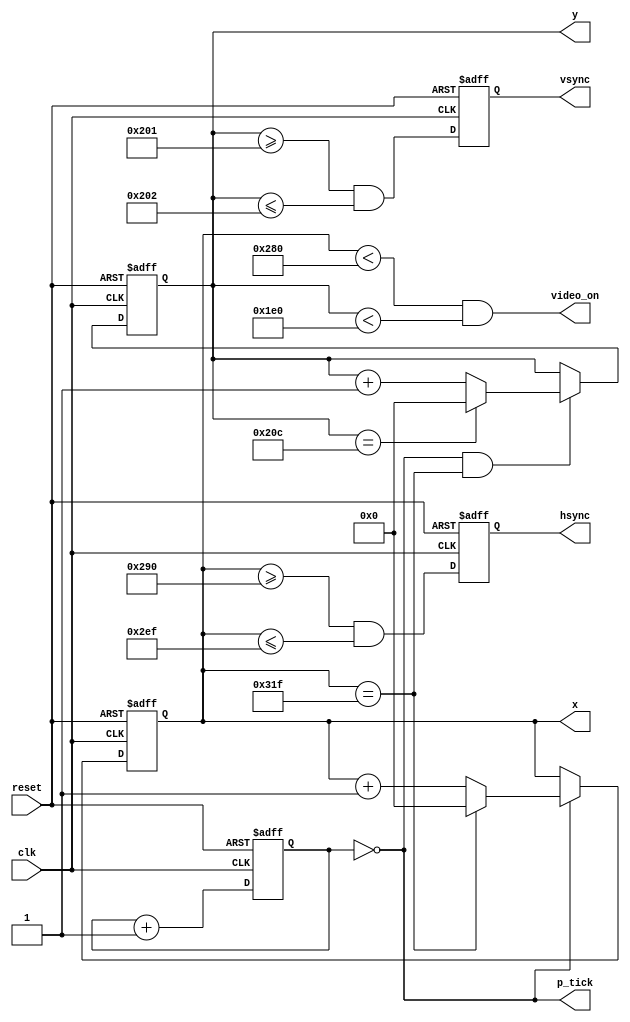
module vga_sync

	(
		input wire clk, reset,
		output wire hsync, vsync, video_on, p_tick,
		output wire [9:0] x, y
	);
	
	// constant declarations for VGA sync parameters
	localparam H_DISPLAY       = 640; // horizontal display area
	localparam H_L_BORDER      =  48; // horizontal left border
	localparam H_R_BORDER      =  16; // horizontal right border
	localparam H_RETRACE       =  96; // horizontal retrace
	localparam H_MAX           = H_DISPLAY + H_L_BORDER + H_R_BORDER + H_RETRACE - 1;
	localparam START_H_RETRACE = H_DISPLAY + H_R_BORDER;
	localparam END_H_RETRACE   = H_DISPLAY + H_R_BORDER + H_RETRACE - 1;
	
	localparam V_DISPLAY       = 480; // vertical display area
	localparam V_T_BORDER      =  10; // vertical top border
	localparam V_B_BORDER      =  33; // vertical bottom border
	localparam V_RETRACE       =   2; // vertical retrace
	localparam V_MAX           = V_DISPLAY + V_T_BORDER + V_B_BORDER + V_RETRACE - 1;
        localparam START_V_RETRACE = V_DISPLAY + V_B_BORDER;
	localparam END_V_RETRACE   = V_DISPLAY + V_B_BORDER + V_RETRACE - 1;
	
	// mod-4 counter to generate 25 MHz pixel tick
	reg [1:0] pixel_reg;
	wire [1:0] pixel_next;
	wire pixel_tick;
	
	always @(posedge clk, posedge reset)
		if(reset)
		  pixel_reg <= 0;
		else
		  pixel_reg <= pixel_next;
	
	assign pixel_next = pixel_reg + 1; // increment pixel_reg 
	
	assign pixel_tick = (pixel_reg == 0); // assert tick 1/4 of the time
	
	// registers to keep track of current pixel location
	reg [9:0] h_count_reg, h_count_next, v_count_reg, v_count_next;
	
	// register to keep track of vsync and hsync signal states
	reg vsync_reg, hsync_reg;
	wire vsync_next, hsync_next;
 
	// infer registers
	always @(posedge clk, posedge reset)
		if(reset)
		    begin
                    v_count_reg <= 0;
                    h_count_reg <= 0;
                    vsync_reg   <= 0;
                    hsync_reg   <= 0;
		    end
		else
		    begin
                    v_count_reg <= v_count_next;
                    h_count_reg <= h_count_next;
                    vsync_reg   <= vsync_next;
                    hsync_reg   <= hsync_next;
		    end
			
	// next-state logic of horizontal vertical sync counters
	always @*
		begin
		h_count_next = pixel_tick ? 
		               h_count_reg == H_MAX ? 0 : h_count_reg + 1
			       : h_count_reg;
		
		v_count_next = pixel_tick && h_count_reg == H_MAX ? 
		               (v_count_reg == V_MAX ? 0 : v_count_reg + 1) 
			       : v_count_reg;
		end
		
        // hsync and vsync are active low signals
        // hsync signal asserted during horizontal retrace
        assign hsync_next = h_count_reg >= START_H_RETRACE
                            && h_count_reg <= END_H_RETRACE;
   
        // vsync signal asserted during vertical retrace
        assign vsync_next = v_count_reg >= START_V_RETRACE 
                            && v_count_reg <= END_V_RETRACE;

        // video only on when pixels are in both horizontal and vertical display region
        assign video_on = (h_count_reg < H_DISPLAY) 
                          && (v_count_reg < V_DISPLAY);

        // output signals
        assign hsync  = hsync_reg;
        assign vsync  = vsync_reg;
        assign x      = h_count_reg;
        assign y      = v_count_reg;
        assign p_tick = pixel_tick;
endmodule

module vga_test
	(
		input wire clk, reset,
		input wire [11:0] sw,
		output wire hsync, vsync,
		output wire [11:0] rgb
	);
	
	// register for Basys 2 8-bit RGB DAC 
	reg [11:0] rgb_reg;
	
	// video status output from vga_sync to tell when to route out rgb signal to DAC
	wire video_on;

        // instantiate vga_sync
        vga_sync vga_sync_unit (.clk(clk), .reset(reset), .hsync(hsync), .vsync(vsync),
                                .video_on(video_on), .p_tick(), .x(), .y());
   
        // rgb buffer
        always @(posedge clk, posedge reset)
        if (reset)
            rgb_reg <= 0;
        else
            rgb_reg <= sw;
        
        // output
        assign rgb = (video_on) ? rgb_reg : 12'b0;
endmodule